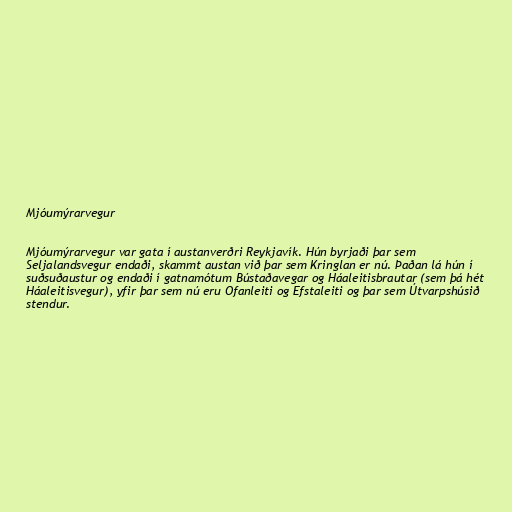
Mjóumýrarvegur

Mjóumýrarvegur var gata í austanverðri Reykjavík. Hún byrjaði þar sem
Seljalandsvegur endaði, skammt austan við þar sem Kringlan er nú. Þaðan lá hún í
suðsuðaustur og endaði í gatnamótum Bústaðavegar og Háaleitisbrautar (sem þá hét
Háaleitisvegur), yfir þar sem nú eru Ofanleiti og Efstaleiti og þar sem Útvarpshúsið
stendur.